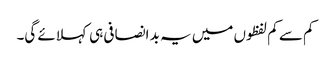
کم سے کم لفظوں میں یہ بد انصافی ہی کہلائے گی۔